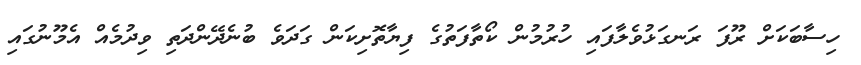
ހިސާބަކަށް ރޫފަ ރަނގަޅުވެލާފައި ހުރުމުން ކޯތާފަތުގެ ފިޔާތޮށިކަން ގަދަވެ ބުނެދޭންދަތި ވިދުމެއް އެމޫނުގައި